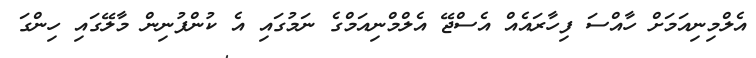
އެލްމިނިއަމަށް ހާއްސަ ފިހާރައެއް އެސްޖޭ އެލްމްނިއަމްގެ ނަމުގައި އެ ކުންފުނިން މާލޭގައި ހިންގަ